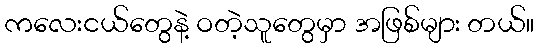
ကလေးငယ်တွေနဲ့ ဝတဲ့သူတွေမှာ အဖြစ်များ တယ်။